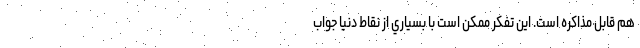
هم قابل مذاكره است. اين تفكر ممكن است با بسياري از نقاط دنيا جواب